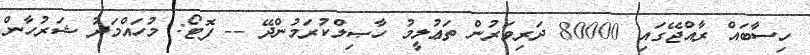
ހިސާބައް ރާއްޖޭގައި 80000 ދަރިވަރުން ތަޢުލީމު ހާޞިލްކުރަމުންދޭ -- ފޮޓޯ: މުހައްމަދު ޝަރުހާން